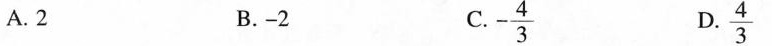
A.2 B.-2 C. - \frac{4}{3} D. \frac{4}{3}